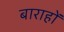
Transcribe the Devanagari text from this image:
बाराहों